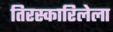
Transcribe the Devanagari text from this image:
तिरस्कारिलेला